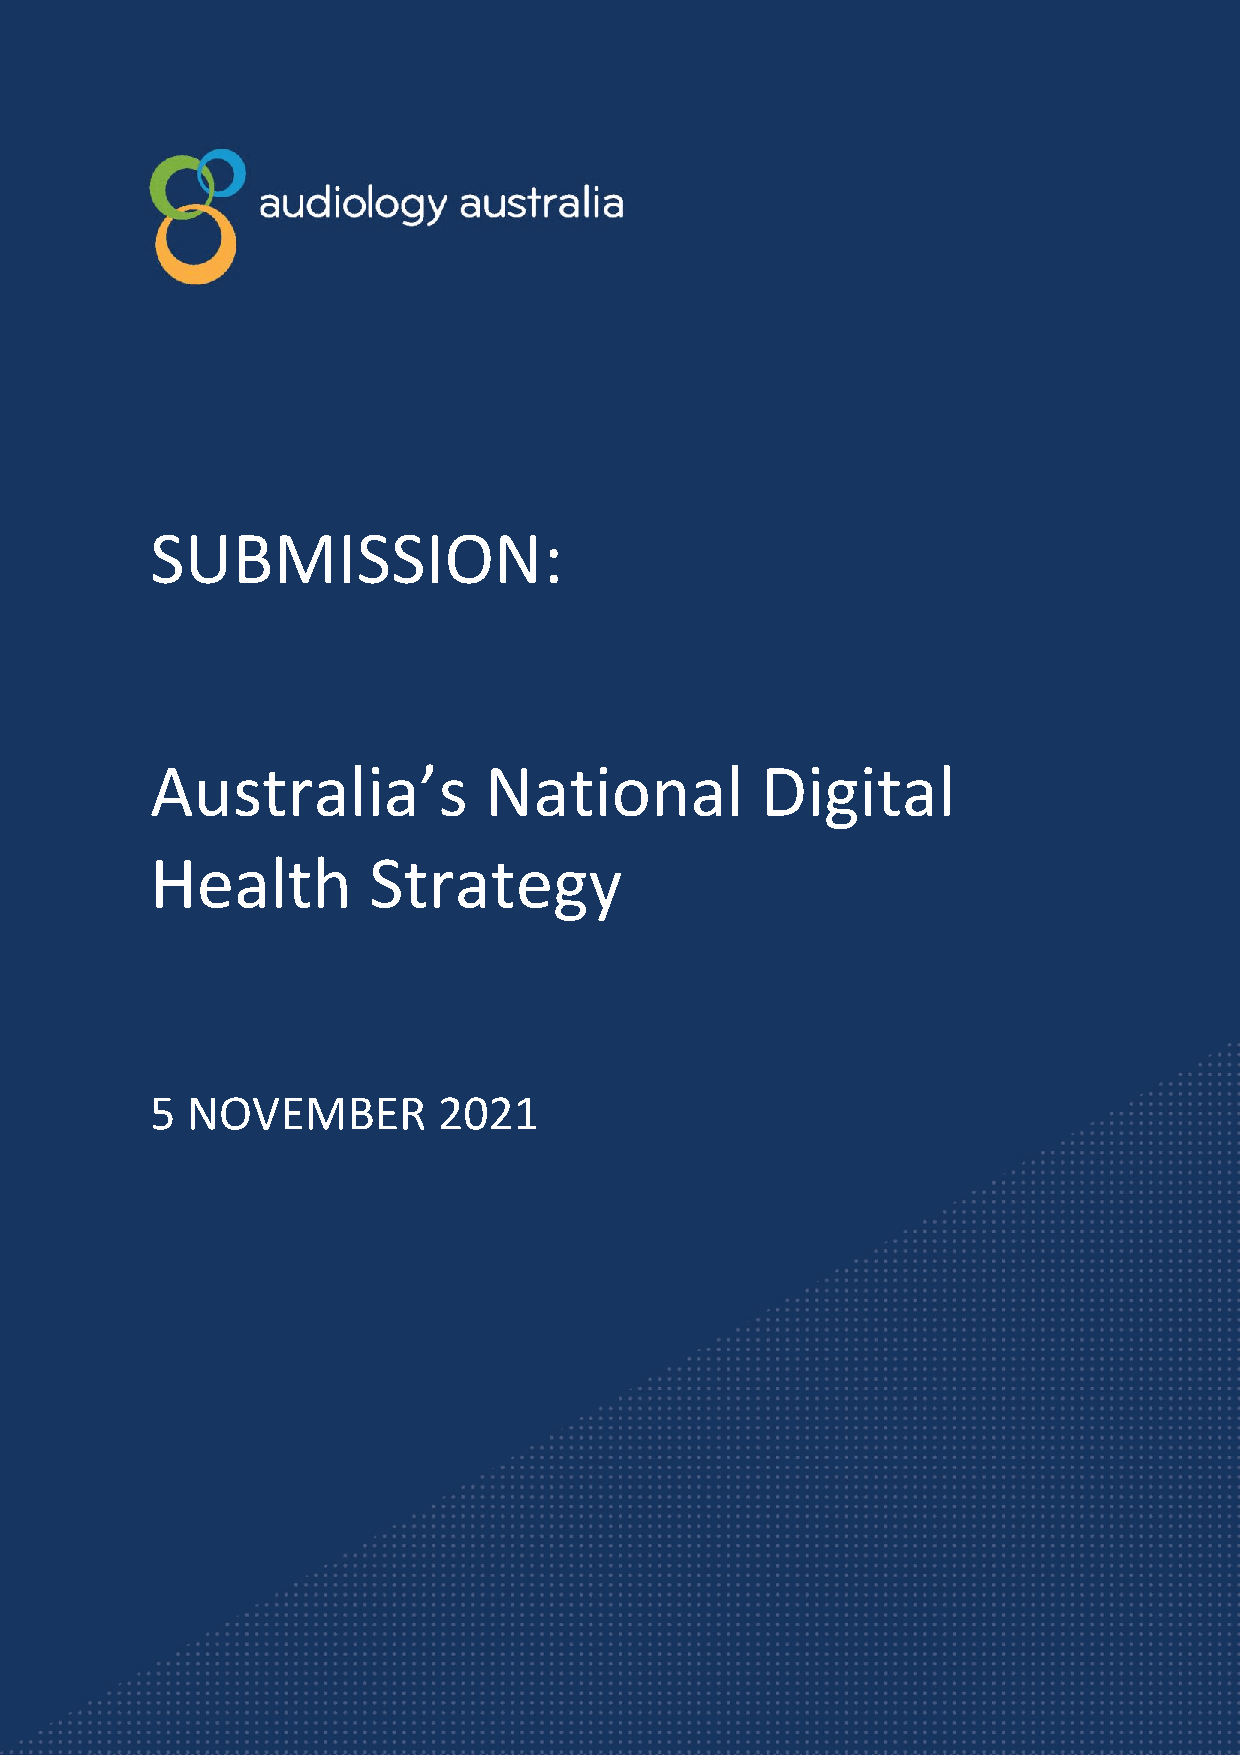
AUDIOLOGY AUSTRALIA SUBMISSION:
 Australia’s National Digital Health Strategy
 SUBMISSION:
 Australia’s           National          Digital
 Health        Strategy
 5 NOVEMBER         2021
 1
 AUDIOLOGY AUSTRALIA
 Suite 101, 13 Cremorne Street, Cremorne, VIC. 3121
 P: 03 9940 3900 | E: info@audiology.asn.au
 W: www.audiology.asn.au